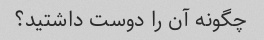
چگونه آن را دوست داشتید؟